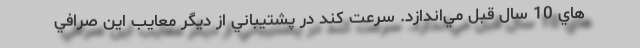
هاي 10 سال قبل مي­اندازد. سرعت كند در پشتيباني از ديگر معايب اين صرافي